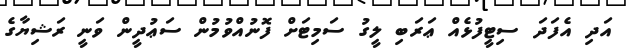
އަދި އެފަދަ ސިޓީފުޅެއް ޢަރަބި ލީގު ސަމިޓަށް ފޮނުއްވުމުން ސަޢުދީން ވަނީ ރަޝިޔާގެ